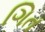
ગિત